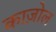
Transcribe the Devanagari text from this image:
काज़ोल